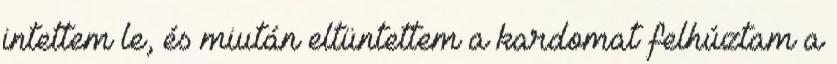
intettem le, és miután eltüntettem a kardomat felhúztam a